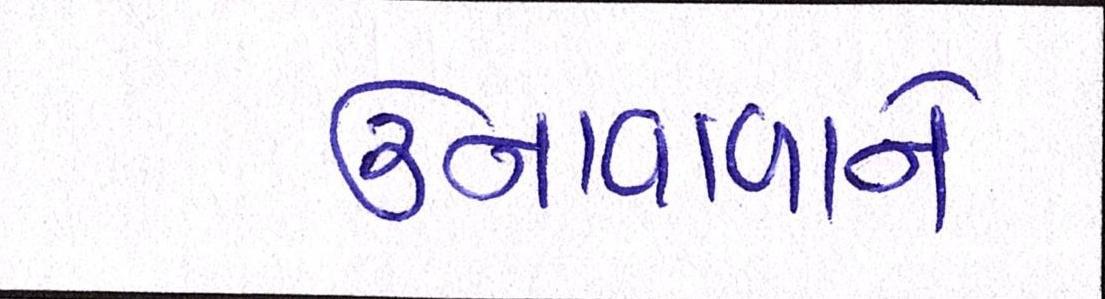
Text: ઉનાવાળાને